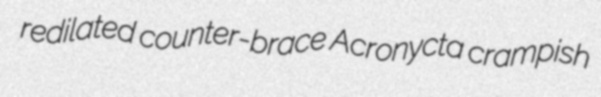
redilated counter-brace Acronycta crampish